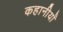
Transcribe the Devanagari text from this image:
कहानीयाँ